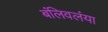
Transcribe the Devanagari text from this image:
बंलिवलंया